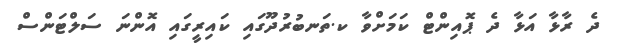
ދެ ރާޅާ އަޅާ ދެ ޕޮއިންޓް ކަމަށްވާ ކ.ތަނބުރުދޫގައި ކައިރީގައި އޮންނަ ސަލްޓަންސް